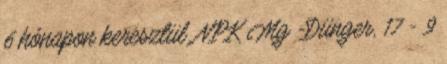
6 hónapon keresztül. NPK Mg -Dünger, 17 - 9